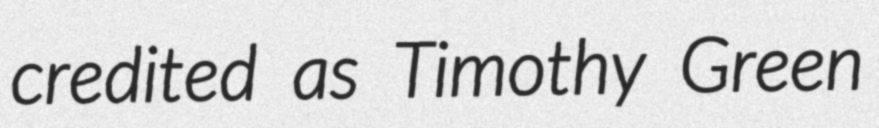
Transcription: credited as Timothy Green